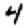
Digit: 4